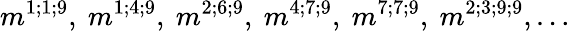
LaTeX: m^{1;1;9},\ m^{1;4;9},\ m^{2;6;9},\ m^{4;7;9},\ m^{7;7;9},\ m^{2;3;9;9},\dots